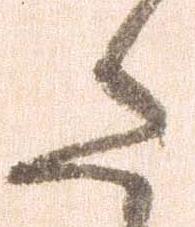
た